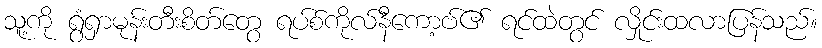
သူ့ကို ရွံရှာမုန်းတီးစိတ်တွေ ရပ်စ်ကိုလ်နီကော့ဗ်၏ ရင်ထဲတွင် လှိုင်းထလာပြန်သည်။